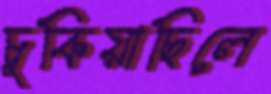
চুকিয়াছিলে